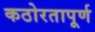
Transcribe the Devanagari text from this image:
कठोरतापूर्ण